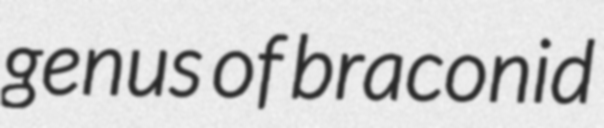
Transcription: genus of braconid